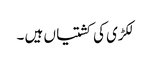
لکڑی کی کشتیاں ہیں ۔